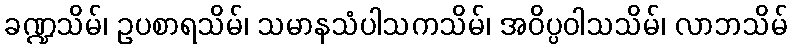
ခဏ္ဍသိမ်၊ ဥပစာရသိမ်၊ သမာနသံပါသကသိမ်၊ အဝိပ္ပဝါသသိမ်၊ လာဘသိမ်